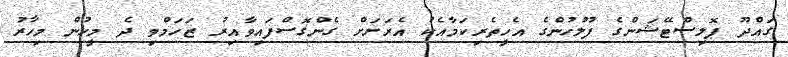
ގައްދޫ ޕޮލިސްޓޭޝަންގެ ފުލުހުންގެ އެހީތެރިކަމާއެކު އެރަށަށް ގެންގޮސްފައިވާއިރު ޒަހަމްވި ދެ މީހުން މިހާރު